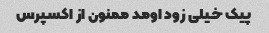
پیک خیلی زود اومد ممنون از اکسپرس